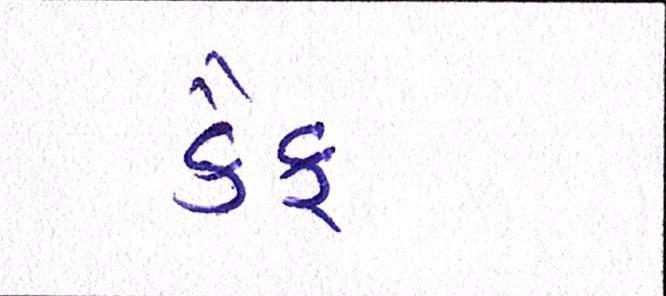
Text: કૈફ